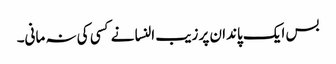
بس ایک پاندان پر زیب النسا نے کسی کی نہ مانی۔